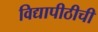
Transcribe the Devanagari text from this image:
विद्यापीठीची